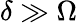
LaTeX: \delta\gg\Omega